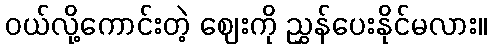
ဝယ်လို့ကောင်းတဲ့ ဈေးကို ညွှန်ပေးနိုင်မလား။